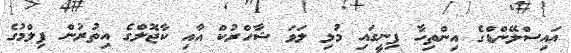
އައިސްލޭންޑްގެ އިންތިހާ ފިނީގައި މުޅި ލަވަ ޝާހްރުކް އާއި ކާޖޮލްގެ އިތުރުން ފިލްމުގެ